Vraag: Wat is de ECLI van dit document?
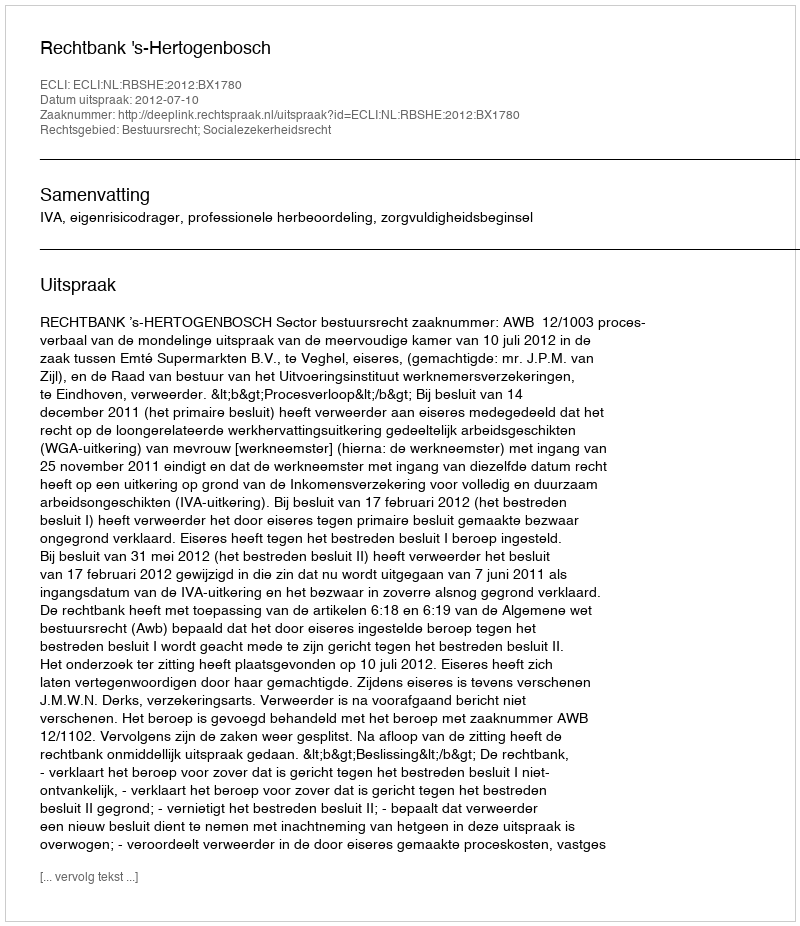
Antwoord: ECLI:NL:RBSHE:2012:BX1780